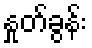
နှုတ်ခွန်း